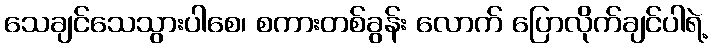
သေချင်သေသွားပါစေ၊ စကားတစ်ခွန်း လောက် ပြောလိုက်ချင်ပါရဲ့